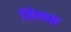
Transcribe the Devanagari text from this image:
ज़िलास